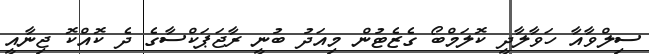
ސިލްވާއާ ހަވާލާދީ ކޮލަމްބޯ ގެޒެޓުން މިއަދު ބުނީ ރާޖަޕަކްސާގެ ދެ ކޮއްކޮ ޖިނާއީ